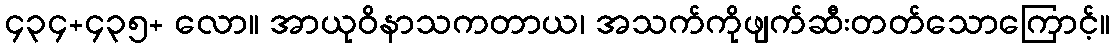
၄၃၄+၄၃၅+ လော။ အာယုဝိနာသကတာယ၊ အသက်ကိုဖျက်ဆီးတတ်သောကြောင့်။